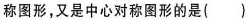
称图形，又是中心对称图形的是()